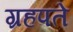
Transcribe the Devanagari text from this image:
ग्रहपते